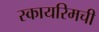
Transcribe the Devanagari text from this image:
स्कायरिमची